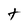
Character: t